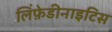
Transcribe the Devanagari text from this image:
लिंफ़ेडीनाइटिस